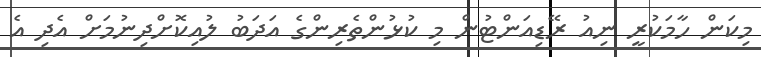
މިކަން ހާމަކުރީ ނިއު ރޭޑިއަންޓުން މި ކުޅުންތެރިންގެ އަދަބު ލުއިކޮށްދިނުމަށް އެދި އެ